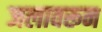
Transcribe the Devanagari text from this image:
जलावरून